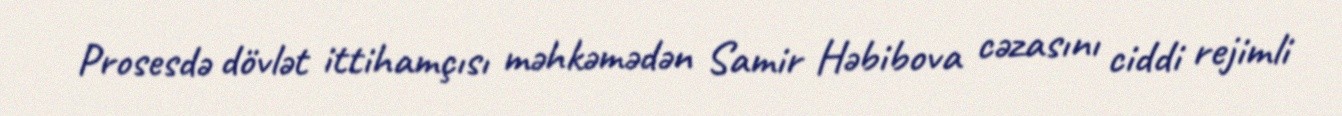
Prosesdə dövlət ittihamçısı məhkəmədən Samir Həbibova cəzasını ciddi rejimli